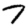
Digit: 7